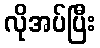
လိုအပ်ပြီး